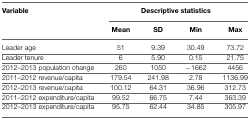
<table><thead><tr><td><b>Variable</b></td><td colspan="4"><b>Descriptive statistics</b></td></tr><tr><td></td><td><b>Mean</b></td><td><b>SD</b></td><td><b>Min</b></td><td><b>Max</b></td></tr></thead><tbody><tr><td>Leader age</td><td>51</td><td>9.39</td><td>30.49</td><td>73.72</td></tr><tr><td>Leader tenure</td><td>6</td><td>5.90</td><td>0.15</td><td>21.75</td></tr><tr><td>2012–2013 population change</td><td>260</td><td>1050</td><td>−1662</td><td>4456</td></tr><tr><td>2011–2012 revenue/capita</td><td>179.54</td><td>241.98</td><td>2.78</td><td>1136.99</td></tr><tr><td>2012–2013 revenue/capita</td><td>100.12</td><td>64.31</td><td>36.96</td><td>312.73</td></tr><tr><td>2011–2012 expenditure/capita</td><td>99.52</td><td>66.75</td><td>7.44</td><td>363.39</td></tr><tr><td>2012–2013 expenditure/capita</td><td>95.75</td><td>62.44</td><td>34.85</td><td>305.97</td></tr></tbody></table>